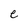
Character: e